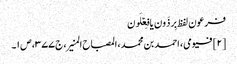
فرعون لفظ بِرذَون یا فِعۡلَون
[۲] فیومی، احمد بن محمد، المصباح المنیر، ج ۳۷۷، ص ۱۔